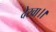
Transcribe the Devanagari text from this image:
देखा।।